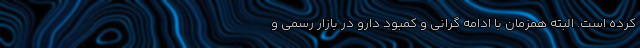
کرده است. البته همزمان با ادامه گرانی و کمبود دارو در بازار رسمی و